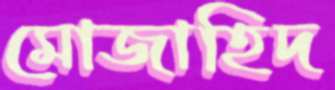
মোজাহিদ